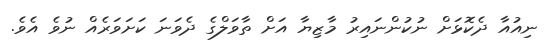
ނިއުއާ ދެކޮޅަށް ނުކުންނައިރު މާޒިޔާ އަށް ތާވަލްގެ ދެވަނަ ކަށަވަރެއް ނުވެ އެވެ.